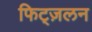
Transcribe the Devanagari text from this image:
फिट्ज़लन